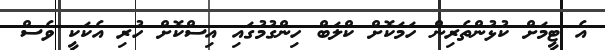
އެ ޓީމަށް ކުޅުންތެރިން ހަމަކޮށް ކްލަބް ހިންގުމުގައި އިސްކޮށް ހުރި އެކަކީ ވެސް